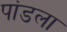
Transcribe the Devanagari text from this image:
पांडला